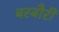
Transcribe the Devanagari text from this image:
बरबौरी